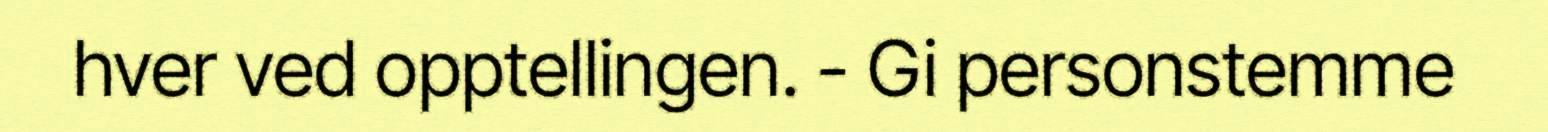
hver ved opptellingen. - Gi personstemme